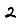
Digit: 2